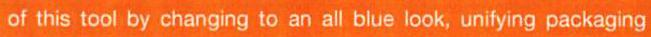
of this tool by changing to an all blue look, unifying packaging